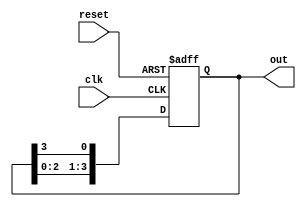
module ring_counter(
    input clk,
    input reset,
    output reg [3:0] out
);

always @(posedge clk, posedge reset) begin
    if (reset) begin
        out <= 6'b000001;
    end else begin
        out <= {out[2:0], out[3]};
    end
end

endmodule



//out<={out[0],out[5:1]};